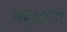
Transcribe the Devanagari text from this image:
नहुआती